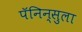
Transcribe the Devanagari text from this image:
पॅनिन्सुला